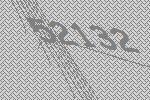
52132